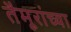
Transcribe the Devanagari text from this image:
तैमूरांच्या